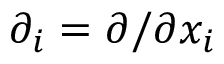
\partial _ { i } = \partial / \partial x _ { i }